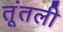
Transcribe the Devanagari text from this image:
तूंतली